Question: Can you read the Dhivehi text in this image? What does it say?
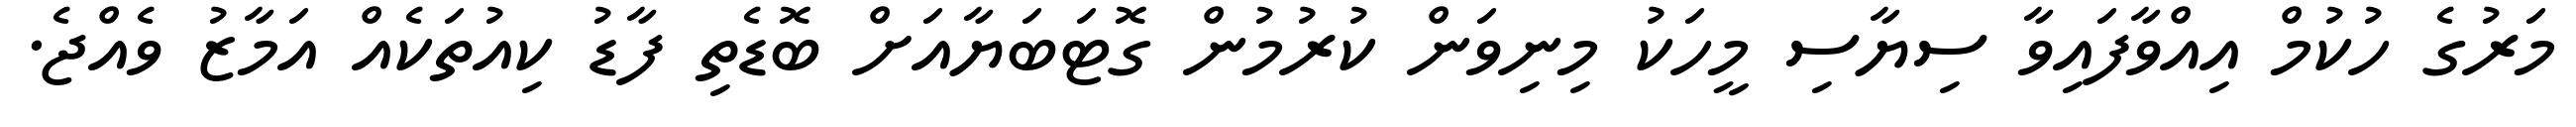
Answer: މަރުގެ ހުކުމް އިއްވާފައިވާ ސިޔާސި މީހަކު މިނިވަން ކުރުމުން ގޮޓަބަޔާއަށް ބޮޑެތި ފާޑު ކިއުތަކެއް އަމާޒު ވެއްޖެ.